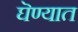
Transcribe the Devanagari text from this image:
घॆण्यात